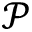
\mathcal { P }